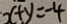
x + y = - 4